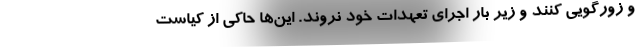
و زورگویی کنند و زیر بار اجرای تعهدات خود نروند. این‌ها حاکی از کیاست